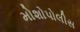
મોશોપોલીસ